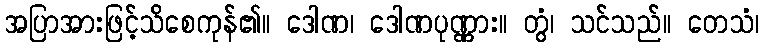
အပြာအားဖြင့်သိစေကုန်၏။ ဒေါဏ၊ ဒေါဏပုဏ္ဏား။ တွံ၊ သင်သည်။ တေသံ၊